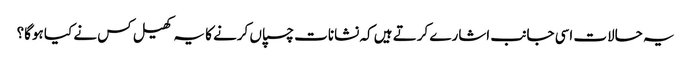
یہ حالات اسی جانب اشارے کرتے ہیں کہ نشانات چسپاں کرنے کا یہ کھیل کس نے کیا ہوگا؟